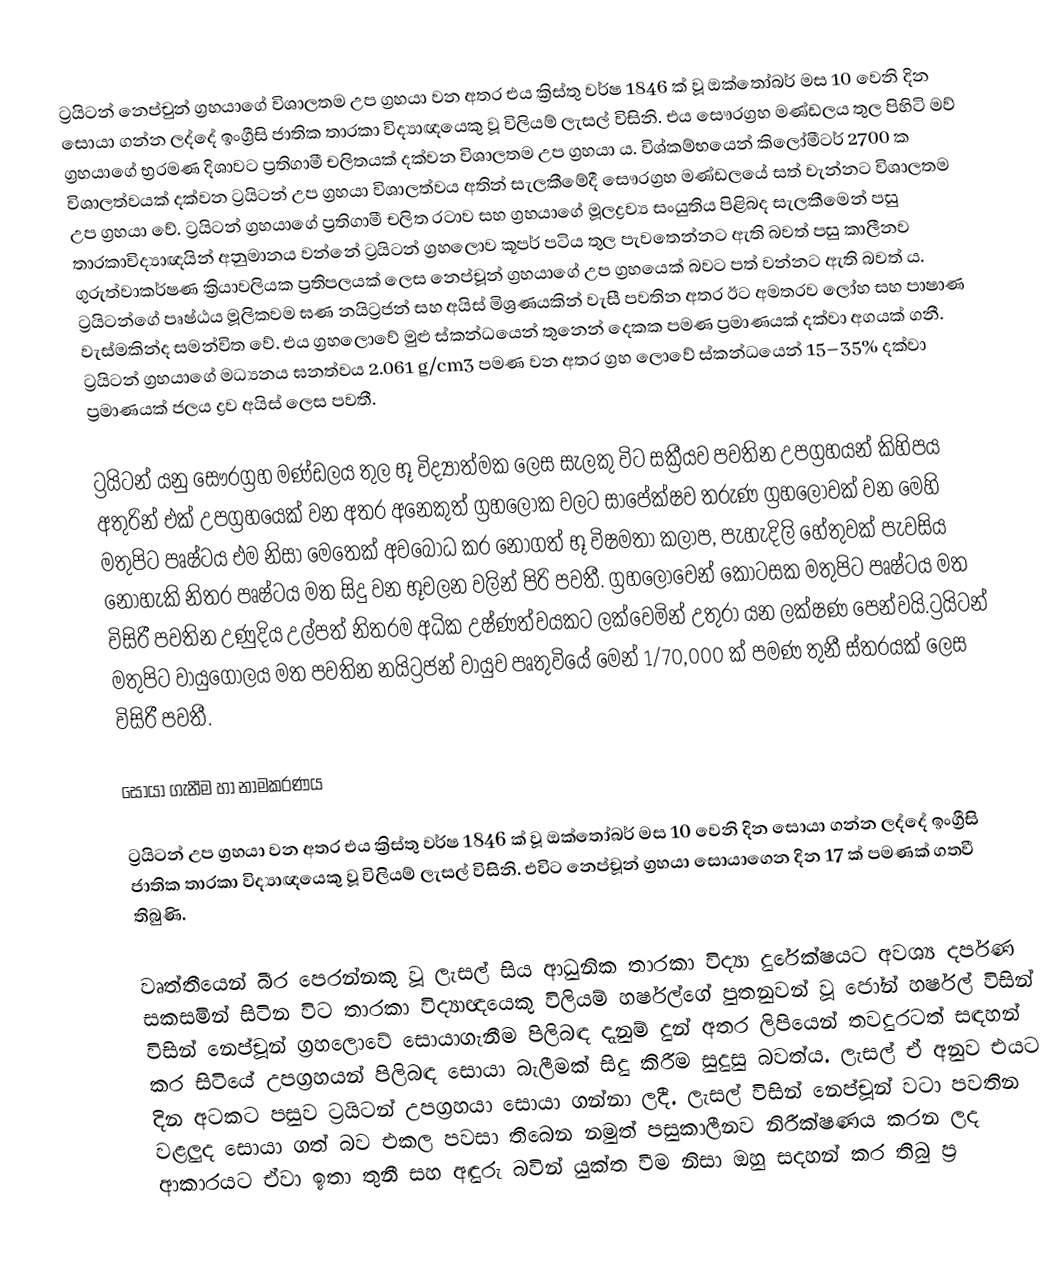
ට්‍රයිටන් නෙප්චුන් ග්‍රහයාගේ විශාලතම උප ග්‍රහයා වන අතර එය ක්‍රිස්තු වර්ෂ 1846 ක් වූ ඔක්තෝබර් මස 10 වෙනි දින සොයා ගන්න ලද්දේ ඉංග්‍රීසි ජාතික තාරකා විද්‍යාඥයෙකු වූ විලියම් ලැසල් විසිනි. එය සෞරග්‍රහ මණ්ඩලය තුල පිහිටි මව් ග්‍රහයාගේ  භ්‍රරමණ දිශාවට ප්‍රතිගාමී චලිතයක් දක්වන විශාලතම උප ග්‍රහයා ය. විශ්කම්භයෙන් කිලෝමීටර් 2700 ක විශාලත්වයක් දක්වන ට්‍රයිටන් උප ග්‍රහයා විශාලත්වය අතින් සැලකීමේදී සෞරග්‍රහ මණ්ඩලයේ සත් වැන්නට විශාලතම උප ග්‍රහයා වේ. ට්‍රයිටන් ග්‍රහයාගේ ප්‍රතිගාමී චලිත රටාව සහ ග්‍රහයාගේ මූලද්‍රව්‍ය සංයුතිය පිළිබද සැලකීමෙන් පසු තාරකාවිද්‍යාඥයින් අනුමානය වන්නේ ට්‍රයිටන් ග්‍රහලොව කූපර් පටිය තුල පැවතෙන්නට ඇති බවත් පසු කාලීනව ගුරුත්වාකර්ෂණ ක්‍රියාවලියක ප්‍රතිපලයක් ලෙස නෙප්චූන් ග්‍රහයාගේ උප ග්‍රහයෙක් බවට පත් වන්නට ඇති බවත් ය. ට්‍රයිටන්ගේ පෘෂ්ඨය මූලිකවම ඝණ නයිට්‍රජන් සහ අයිස් මිශ්‍රණයකින් වැසී පවතින අතර ඊට අමතරව ලෝහ සහ පාෂාණ වැස්මකින්ද සමන්විත වේ. එය ග්‍රහලොවේ මුළු ස්කන්ධයෙන් තුනෙන් දෙකක පමණ ප්‍රමාණයක් දක්වා අගයක් ගනී. ට්‍රයිටන් ග්‍රහයාගේ මධ්‍යනය ඝනත්වය 2.061 g/cm3 පමණ වන අතර ග්‍රහ ලොවේ ස්කන්ධයෙන් 15–35% දක්වා ප්‍රමාණයක් ජලය ද්‍රව අයිස් ලෙස පවතී.

ට්‍රයිටන් යනු සෞරග්‍රහ මණ්ඩලය තුල භූ විද්‍යාත්මක ලෙස සැලකු විට සක්‍රීයව පවතින උපග්‍රහයන් කිහිපය අතුරින් එක් උපග්‍රහයෙක් වන අතර අනෙකුත් ග්‍රහලෝක වලට සාපේක්ෂව තරුණ ග්‍රහලොවක් වන මෙහි මතුපිට පෘෂ්ටය එම නිසා මෙතෙක් අවබෝධ කර නොගත් භූ විෂමතා කලාප, පැහැදිලි හේතුවක් පැවසිය නොහැකි නිතර පෘෂ්ටය මත සිදු වන භූචලන වලින්  පිරි පවතී. ග්‍රහලෝවෙන් කොටසක මතුපිට පෘෂ්ටය මත විසිරී පවතින උණුදිය උල්පත් නිතරම අධික උෂ්ණත්වයකට ලක්වෙමින් උතුරා යන ලක්ෂණ පෙන්වයි.ට්‍රයිටන් මතුපිට වායුගෝලය මත පවතින නයිට්‍රජන් වායුව පෘතුවියේ මෙන් 1/70,000 ක් පමණ තුනී ස්තරයක් ලෙස විසිරී පවතී.

සොයා ගැනීම හා නාමකරණය

ට්‍රයිටන් උප ග්‍රහයා වන අතර එය ක්‍රිස්තු වර්ෂ 1846 ක් වූ ඔක්තෝබර් මස 10 වෙනි දින සොයා ගන්න ලද්දේ ඉංග්‍රීසි ජාතික තාරකා විද්‍යාඥයෙකු වූ විලියම් ලැසල් විසිනි. එවිට නෙප්චූන් ග්‍රහයා සොයාගෙන දින 17 ක් පමණක් ගතවී තිබුණි.

වෘත්තීයෙන් බීර පෙරන්නකු වූ ලැසල් සිය ආධුනික තාරකා විද්‍යා දුරේක්ෂයට අවශ්‍ය දර්පණ සකසමින් සිටින විට තාරකා විද්‍යාඥයෙකු විලියම් හර්ෂල්ගේ පුතනුවන් වූ ජෝන් හර්ෂල් විසින් විසින් නෙප්චූන් ග්‍රහලොවේ සොයාගැනීම පිලිබඳ දැනුම් දුන් අතර ලිපියෙන් තවදුරටත් සඳහන් කර සිටියේ උපග්‍රහයන් පිලිබඳ සොයා බැලීමක් සිදු කිරීම සුදුසු බවත්ය. ලැසල් ඒ අනුව එයට දින අටකට පසුව ට්‍රයිටන් උපග්‍රහයා සොයා ගන්නා ලදී. ලැසල් විසින් නෙප්චූන් වටා පවතින වළලුද සොයා ගත් බව එකල පවසා තිබෙන නමුත් පසුකාලීනව නිරීක්ෂණය කරන ලද ආකාරයට ඒවා ඉතා තුනී සහ අඳුරු බවින් යුක්ත වීම නිසා ඔහු සදහන් කර තිබු ප්‍ර